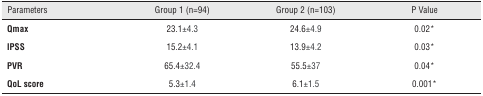
| Parameters | Group 1 (n=94) | Group 2 (n=103) | P Value |
 | --- | --- | --- | --- |
 | Qmax | 23.1±4.3 | 24.6±4.9 | 0.02* |
 | IPSS | 15.2±4.1 | 13.9±4.2 | 0.03* |
 | PVR | 65.4±32.4 | 55.5±37 | 0.04* |
 | QoL score | 5.3±1.4 | 6.1±1.5 | 0.001* |